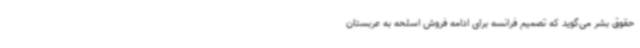
حقوق بشر می‌گوید که تصمیم فرانسه برای ادامه فروش اسلحه به عربستان